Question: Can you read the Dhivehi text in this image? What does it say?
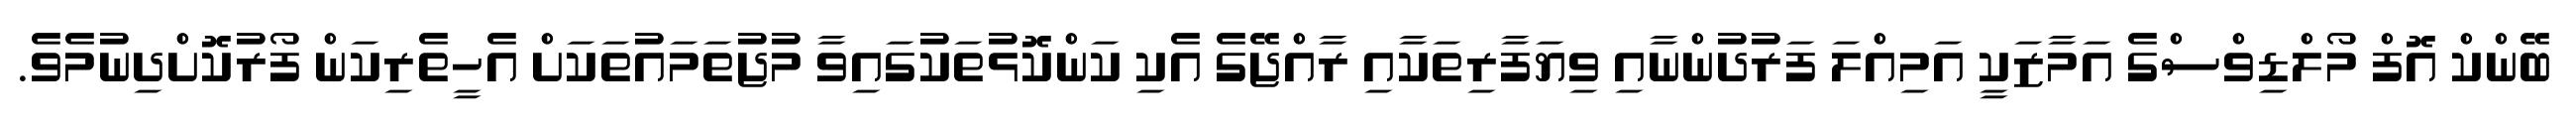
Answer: ބޭންކް އޮފް މޯލްޑިވްސްގެ އަމާޒަކީ އަމިއްލަ ފަރުދުންނާއި ވިޔަފާރިތަކާއި ރާއްޖޭގެ އެކި ކަންކޮޅުތަކުގައިވާ މުޖުތަމައުތަކަށް އެހީތެރިކަން ފޯރުކޮށްދިނުމެވެ.